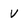
Character: v